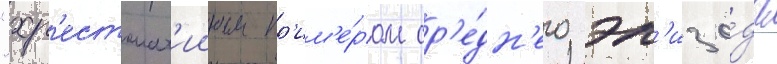
"хр'естомат'ииным пр'им'е́ром ср'е́дн'его эп'изо́да